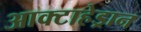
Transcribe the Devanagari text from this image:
आक्टाहेड्रान